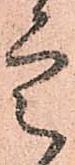
定